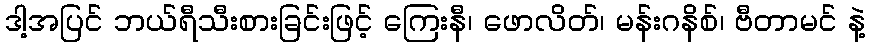
ဒါ့အပြင် ဘယ်ရီသီးစားခြင်းဖြင့် ကြေးနီ၊ ဖောလိတ်၊ မန်းဂနိစ်၊ ဗီတာမင် နဲ့